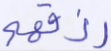
رزقهم